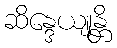
ဆိန္ဒေယျုန္တိ